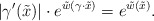
\begin{align*}|\gamma'(\tilde{x})|\cdot e^{\tilde{w}(\gamma\cdot\tilde{x})}=e^{\tilde{w}(\tilde{x})}.\end{align*}